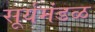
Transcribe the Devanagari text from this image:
सूर्यमंडळ